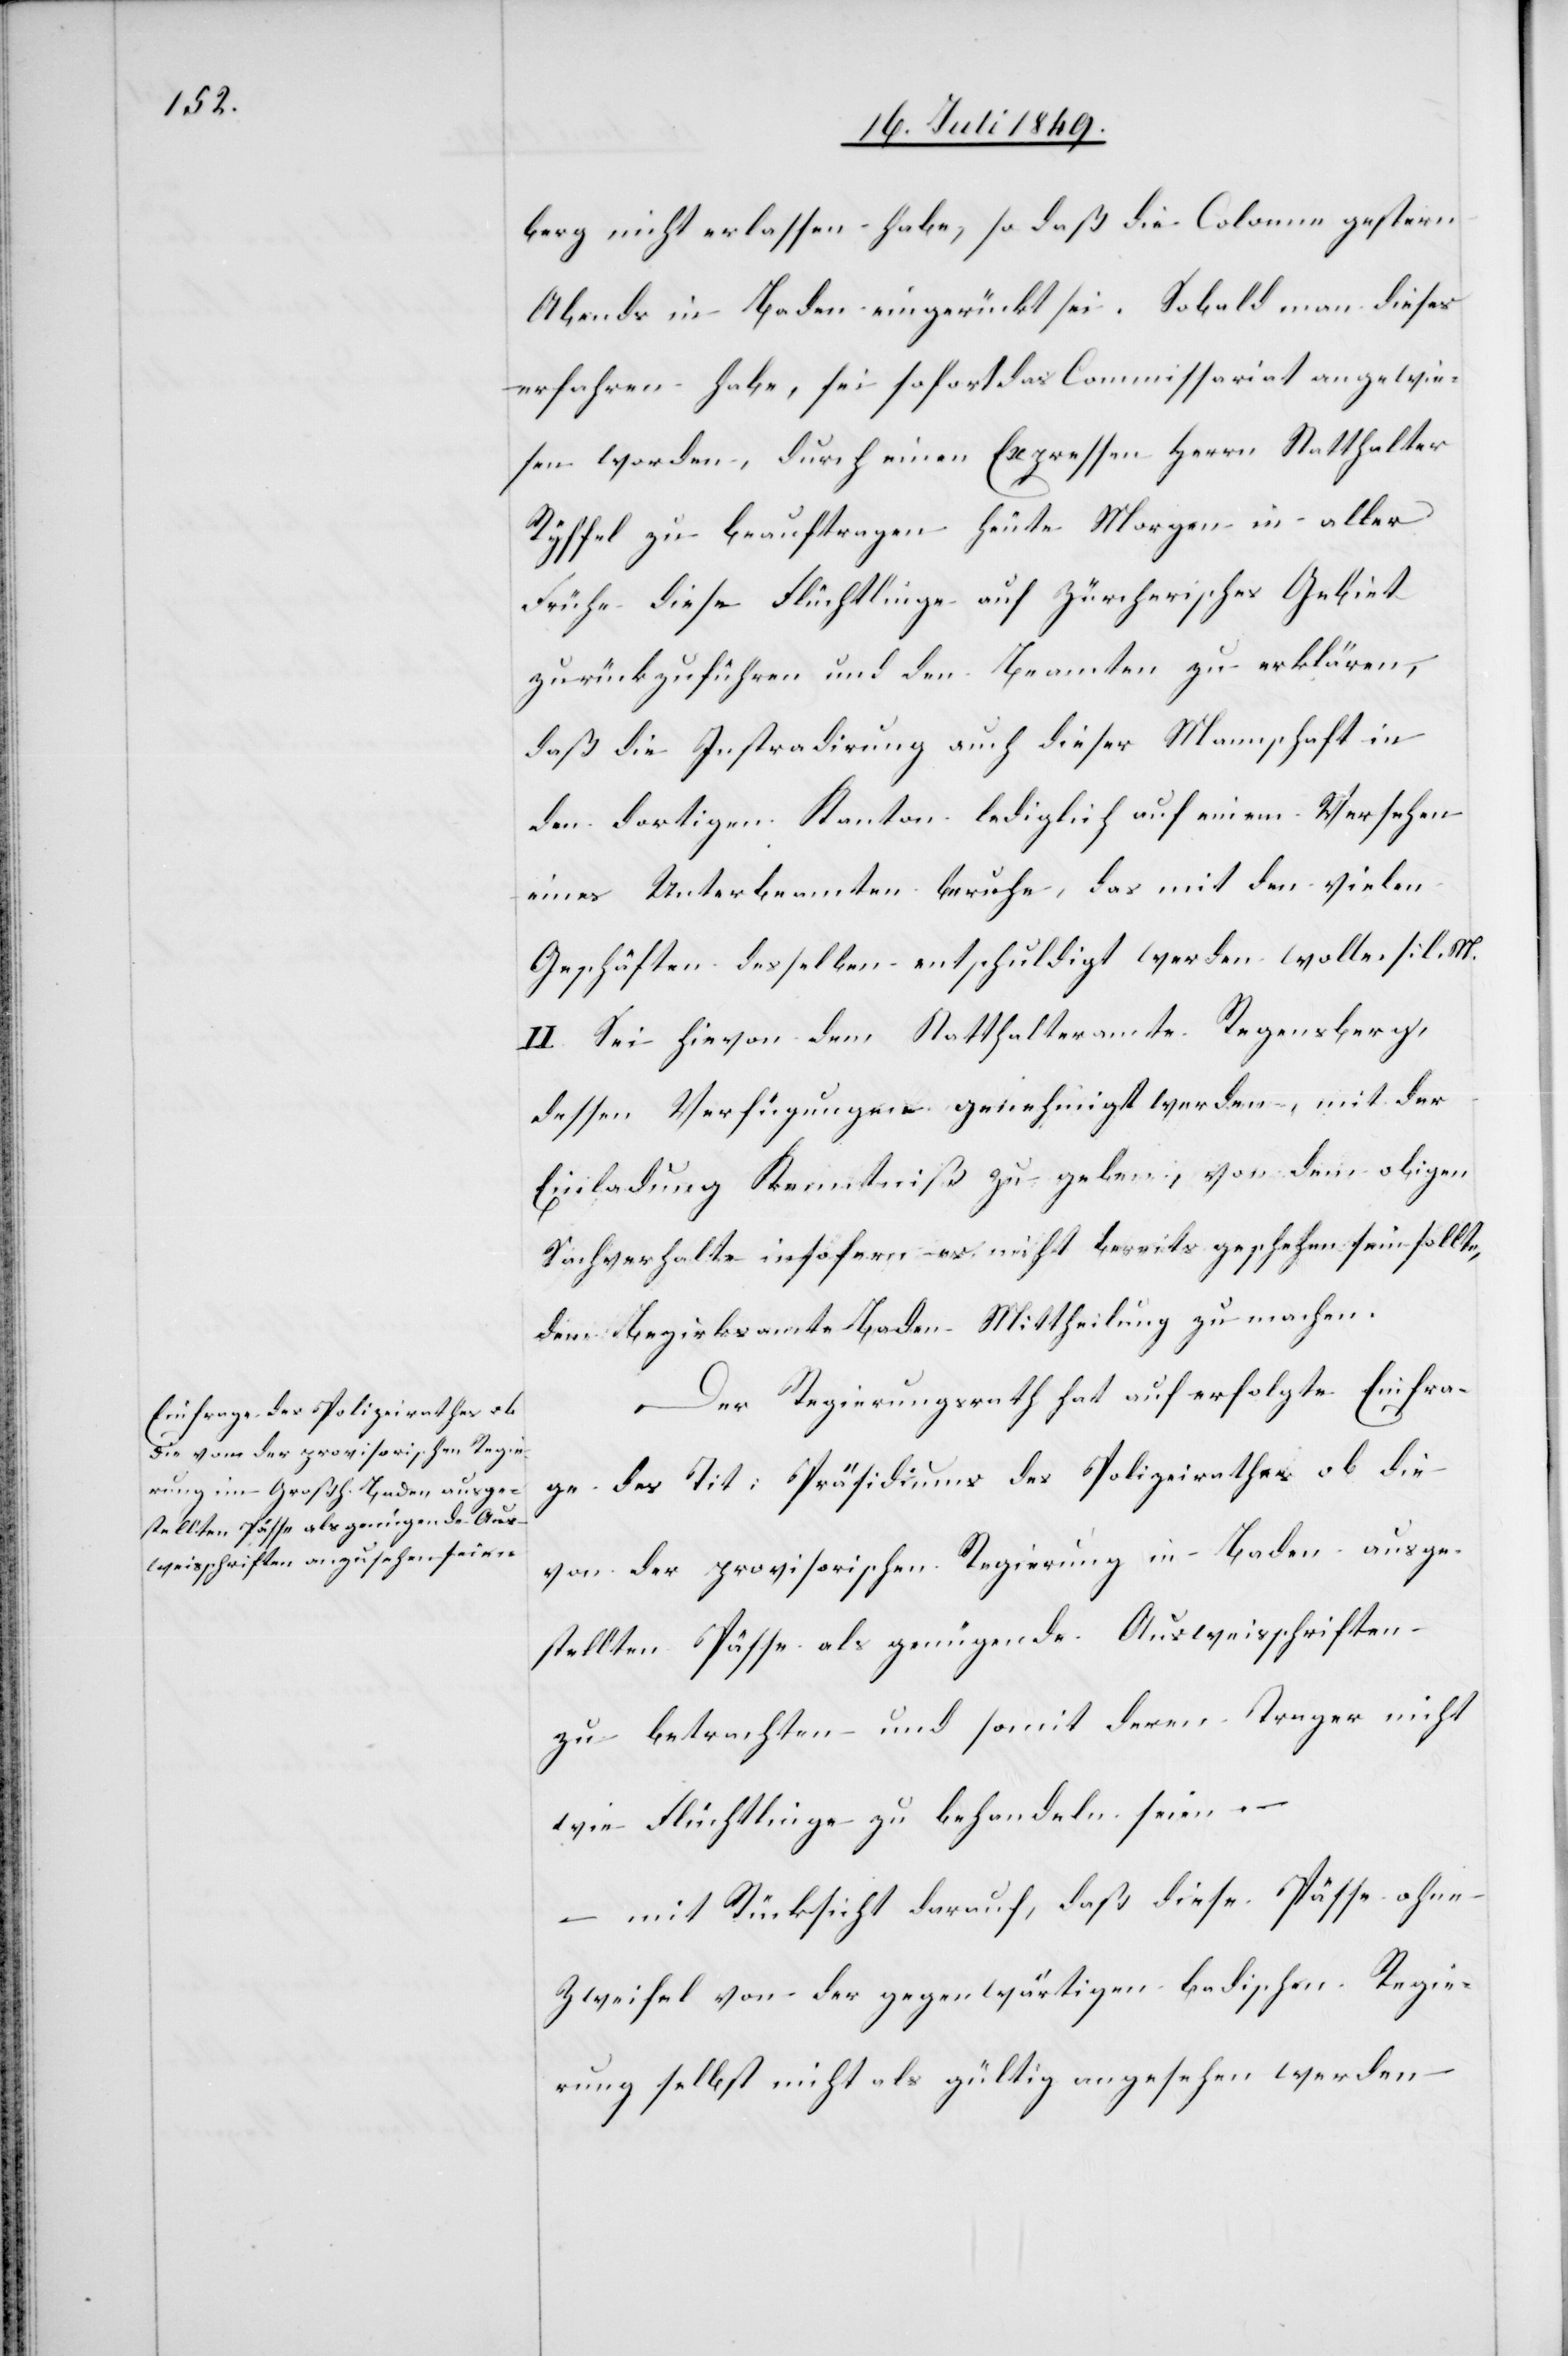
berg nicht erlassen habe, so daß die Colonne gestern
Abends in Baden eingerückt sei. Sobald man dieses
erfahren habe, sei sofort das Commissariat angewie¬
sen worden, durch einen Expressen Herrn Statthalter
Ryffel zu beauftragen heute Morgen in aller
Frühe diese Flüchtlinge auf Zürcherisches Gebiet
zurückzuführen und den Beamten zu erklären,
daß die Instradirung auch dieser Mannschaft in
den dortigen Kanton lediglich auf einem Versehen
eines Unterbeamten beruhe, das mit den vielen
Geschäften desselben entschuldigt werden wolle. [l.
II. Sei hievon dem Statthalteramte Regensberg,
dessen Verfügungen genehmigt werden, mit der
Einladung Kenntniß zu geben, von dem obigen
Sachverhalte insofern es nicht bereits geschehen sein sollte,
dem Bezirksamte Baden Mittheilung zu machen.
Der Regierungsrath hat auf erfolgte Einfra¬
ge des Tit: Präsidiums des Polizeirathes ob die
von der provisorischen Regierung in Baden ausge¬
stellten Pässe als genügende Ausweisschriften
zu betrachten und somit deren Trager nicht
wie Flüchtlinge zu behandeln seien. –
mit Rücksicht darauf, daß diese Pässe ohne
Zweifel von der gegenwärtigen badischen Regie¬
rung selbst nicht als gültig angesehen werden